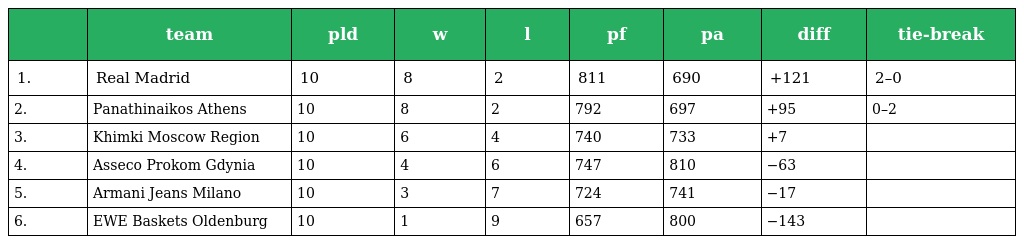
|  | team | pld | w | l | pf | pa | diff | tie-break |
 | --- | --- | --- | --- | --- | --- | --- | --- | --- |
 | 1. | Real Madrid | 10 | 8 | 2 | 811 | 690 | +121 | 2–0 |
 | 2. | Panathinaikos Athens | 10 | 8 | 2 | 792 | 697 | +95 | 0–2 |
 | 3. | Khimki Moscow Region | 10 | 6 | 4 | 740 | 733 | +7 |  |
 | 4. | Asseco Prokom Gdynia | 10 | 4 | 6 | 747 | 810 | −63 |  |
 | 5. | Armani Jeans Milano | 10 | 3 | 7 | 724 | 741 | −17 |  |
 | 6. | EWE Baskets Oldenburg | 10 | 1 | 9 | 657 | 800 | −143 |  |